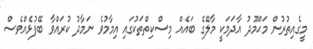
މީގެއިތުރުން މަޙްމޫދު އާދަމަކީ މާލޭގެ ބައެއް މިސްކިތްތަކުގައި އިމާމުވެ ނަމާދު ކުރައްވާ ބޭފުޅެއްވެސް